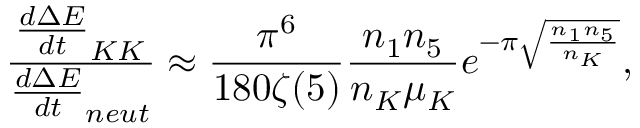
\frac { \frac { d \Delta E } { d t } _ { K K } } { \frac { d \Delta E } { d t } _ { n e u t } } \approx \frac { \pi ^ { 6 } } { 1 8 0 \zeta ( 5 ) } \frac { n _ { 1 } n _ { 5 } } { n _ { K } \mu _ { K } } e ^ { - \pi \sqrt { \frac { n _ { 1 } n _ { 5 } } { n _ { K } } } } ,